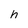
Character: h